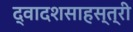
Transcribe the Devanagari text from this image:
द्वादशसाहस्त्री